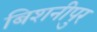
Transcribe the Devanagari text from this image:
बिशनीपुर